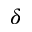
\delta